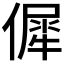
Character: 𠌬